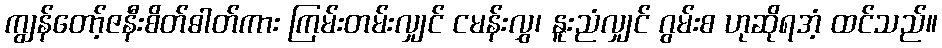
ကျွန်တော့်ဇနီးစိတ်ဓါတ်ကား ကြမ်းတမ်းလျှင် ငမန်းလွှ၊ နူးညံလျှင် ဂွမ်းစ ဟုဆိုရအံ့ ထင်သည်။